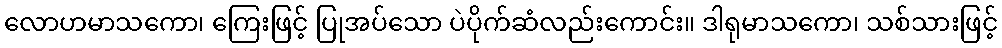
လောဟမာသကော၊ ကြေးဖြင့် ပြုအပ်သော ပဲပိုက်ဆံလည်းကောင်း။ ဒါရုမာသကော၊ သစ်သားဖြင့်